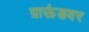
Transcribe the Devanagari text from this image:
ग्राऊंडवर